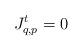
LaTeX: \begin{align*}J_{q,p}^t=0\end{align*}